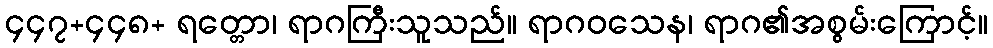
၄၄၇+၄၄၈+ ရတ္တော၊ ရာဂကြီးသူသည်။ ရာဂဝသေန၊ ရာဂ၏အစွမ်းကြောင့်။